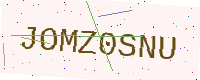
Text: JOMZ0SNU